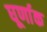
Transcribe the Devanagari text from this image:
घूर्णाक